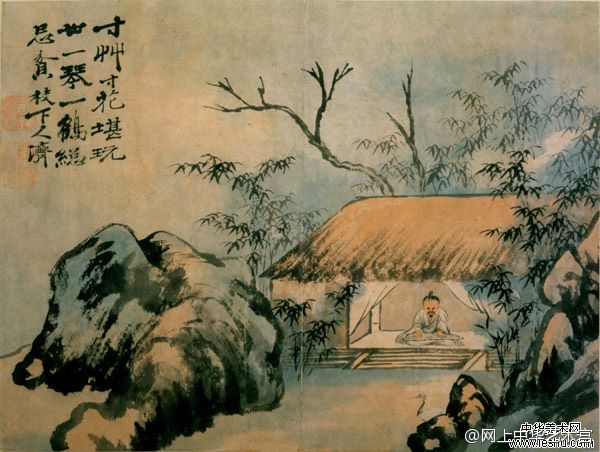
念归林叶换，愁坐露华生。